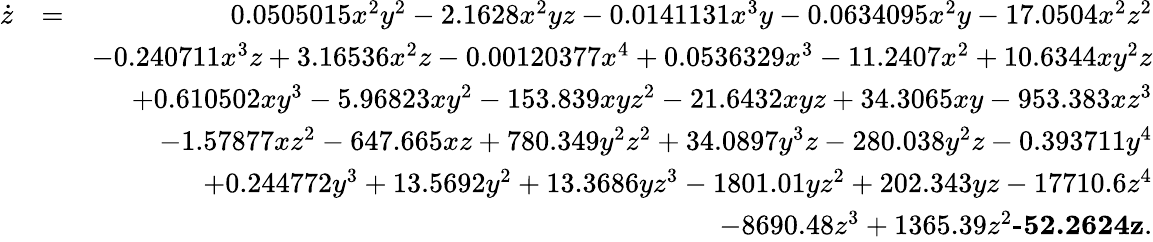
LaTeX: \begin{array}{rlr}{\dot{z}}&{=}&{0.0505015x^{2}y^{2}-2.1628x^{2}yz-0.0141131x^{3}y-0.0634095x^{2}y-17.0504x^{2}z^{2}}\\ &{}&{-0.240711x^{3}z+3.16536x^{2}z-0.00120377x^{4}+0.0536329x^{3}-11.2407x^{2}+10.6344xy^{2}z}\\ &{}&{+0.610502xy^{3}-5.96823xy^{2}-153.839xyz^{2}-21.6432xyz+34.3065xy-953.383xz^{3}}\\ &{}&{-1.57877xz^{2}-647.665xz+780.349y^{2}z^{2}+34.0897y^{3}z-280.038y^{2}z-0.393711y^{4}}\\ &{}&{+0.244772y^{3}+13.5692y^{2}+13.3686yz^{3}-1801.01yz^{2}+202.343yz-17710.6z^{4}}\\ &{}&{-8690.48z^{3}+1365.39z^{2}\textbf{-52.2624z}.}\end{array}